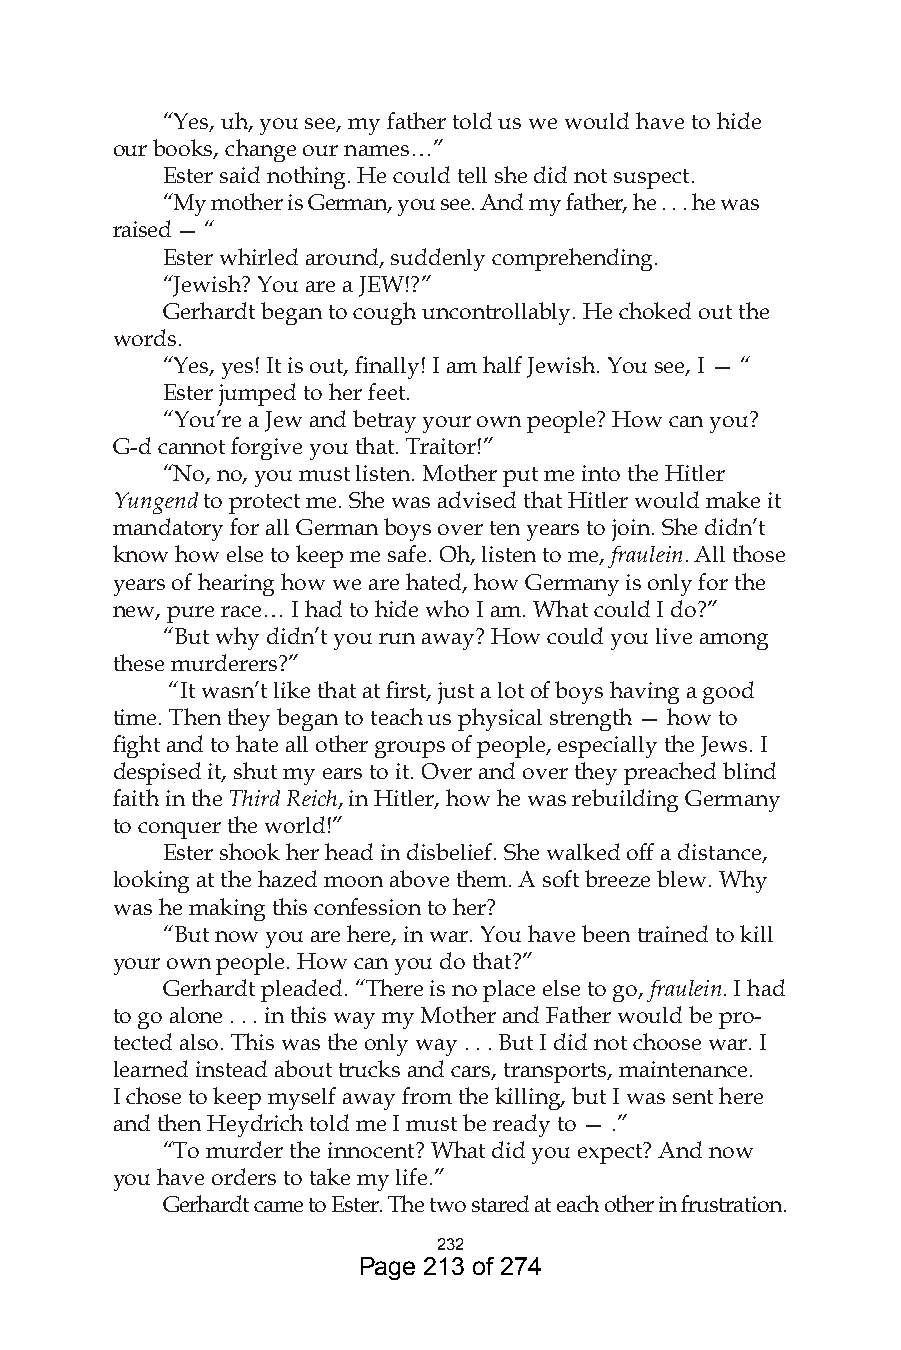
“Yes, uh, you see, my father told us we would have to hide
 our books, change our names…”
 Ester said nothing. He could tell she did not suspect.
 “My mother is German, you see. And my father, he . . . he was
 raised — “
 Ester whirled around, suddenly comprehending.
 “Jewish? You are a JEW!?”
 Gerhardt began to cough uncontrollably. He choked out the
 words.
 “Yes, yes! It is out, finally! I am half Jewish. You see, I — “
 Ester jumped to her feet.
 “You’re a Jew and betray your own people? How can you?
 G-d cannot forgive you that. Traitor!”
 “No, no, you must listen. Mother put me into the Hitler
 Yungend to protect me. She was advised that Hitler would make it
 mandatory for all German boys over ten years to join. She didn’t
 know how else to keep me safe. Oh, listen to me, fraulein. All those
 years of hearing how we are hated, how Germany is only for the
 new, pure race… I had to hide who I am. What could I do?”
 “But why didn’t you run away? How could you live among
 these murderers?”
 “It wasn’t like that at first, just a lot of boys having a good
 time. Then they began to teach us physical strength — how to
 fight and to hate all other groups of people, especially the Jews. I
 despised it, shut my ears to it. Over and over they preached blind
 faith in the Third Reich, in Hitler, how he was rebuilding Germany
 to conquer the world!”
 Ester shook her head in disbelief. She walked off a distance,
 looking at the hazed moon above them. A soft breeze blew. Why
 was he making this confession to her?
 “But now you are here, in war. You have been trained to kill
 your own people. How can you do that?”
 Gerhardt pleaded. “There is no place else to go, fraulein. I had
 to go alone . . . in this way my Mother and Father would be pro-
 tected also. This was the only way . . . But I did not choose war. I
 learned instead about trucks and cars, transports, maintenance.
 I chose to keep myself away from the killing, but I was sent here
 and then Heydrich told me I must be ready to — .”
 “To murder the innocent? What did you expect? And now
 you have orders to take my life.”
 Gerhardt came to Ester. The two stared at each other in frustration.
 
 Page 213 of 274